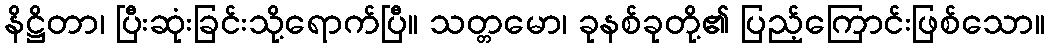
နိဋ္ဌိတာ၊ ပြီးဆုံးခြင်းသို့ရောက်ပြီ။ သတ္တမော၊ ခုနစ်ခုတို့၏ ပြည့်ကြောင်းဖြစ်သော။